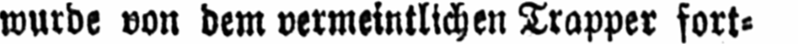
wurde von dem vermeintlichen Trapper fort⸗